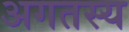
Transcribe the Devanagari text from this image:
अगतस्य